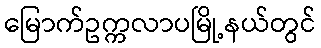
မြောက်ဥက္ကလာပမြို့နယ်တွင်